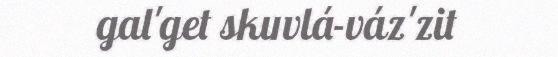
gal'get skuvlá-váz'zit